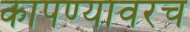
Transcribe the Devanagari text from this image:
कापण्यावरच